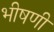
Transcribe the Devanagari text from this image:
भीषणी